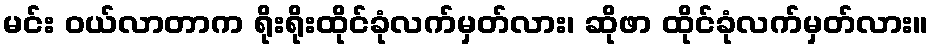
မင်း ဝယ်လာတာက ရိုးရိုးထိုင်ခုံလက်မှတ်လား၊ ဆိုဖာ ထိုင်ခုံလက်မှတ်လား။